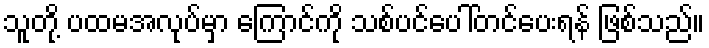
သူတို့ ပထမအလုပ်မှာ ကြောင်ကို သစ်ပင်ပေါ်တင်ပေးရန် ဖြစ်သည်။